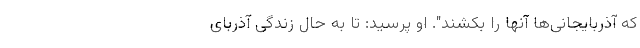
که آذربایجانی‌ها آنها را بکشند". او پرسید: تا به حال زندگی آذربای